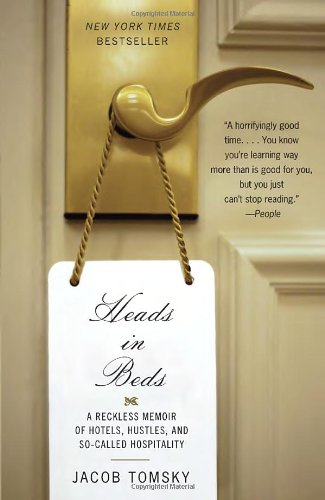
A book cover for Heads in Beds: A Reckless Memoir of Hotels, Hustles, and So-Called Hospitality; Jacob Tomsky; Humor & Entertainment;